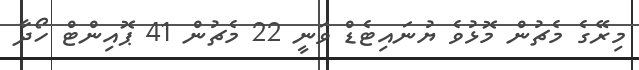
މިރޭގެ މެޗުން މޮޅުވެ ޔުނައިޓެޑް ވަނީ 22 މެޗުން 41 ޕޮއިންޓް ހޯދާ